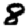
Digit: 8